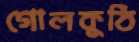
গোলকুঠি